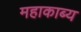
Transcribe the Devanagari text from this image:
महाकाब्‍य